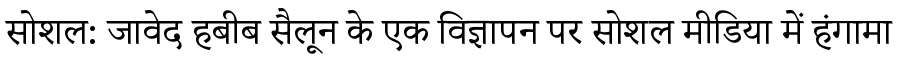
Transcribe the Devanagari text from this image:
सोशल: जावेद हबीब सैलून के एक विज्ञापन पर सोशल मीडिया में हंगामा